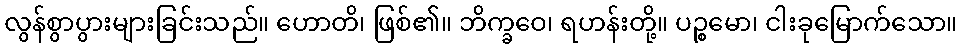
လွန်စွာပွားများခြင်းသည်။ ဟောတိ၊ ဖြစ်၏။ ဘိက္ခဝေ၊ ရဟန်းတို့။ ပဉ္စမော၊ ငါးခုမြောက်သော။